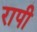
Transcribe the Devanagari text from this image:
रापी